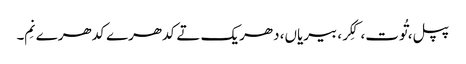
پپل، تُوت، کِکر، بیریاں، دھریک تے کدھرے کدھرے نِم۔